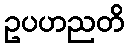
ဥပဟညတိ